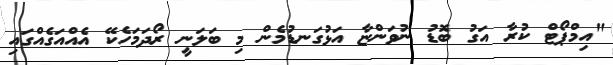
"އިމްޕޯޓް ކުރާ އަގު ބޮޑު ނުވަންޏާ އަޅުގަނޑުމެން މި ބަލަނީ ރޯދަމަހެކޭ އެއްއަގެއްގައި